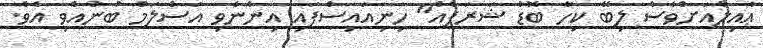
ޢާއިލާއަށްވެސް ލިބޭ ކިހާ ބޮޑު ޝަރަފެއް" ހިނިއައިސްފައި އިންނެވި އަސްލަމް ބުނުއްވި އެވެ.